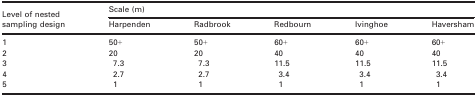
| <ROWSPAN=2> Level of nested sampling design | <COLSPAN=5> Scale (m) |
 | Harpenden | Radbrook | Redbourn | Ivinghoe | Haversham |
 | --- | --- | --- | --- | --- | --- |
 | 1 | 50+ | 50+ | 60+ | 60+ | 60+ |
 | 2 | 20 | 20 | 40 | 40 | 40 |
 | 3 | 7.3 | 7.3 | 11.5 | 11.5 | 11.5 |
 | 4 | 2.7 | 2.7 | 3.4 | 3.4 | 3.4 |
 | 5 | 1 | 1 | 1 | 1 | 1 |